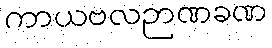
ကာယဗလဉာဏခဏ